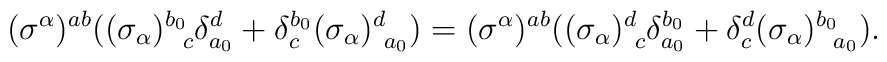
(\sigma^\alpha)^{ab} \bigr((\sigma_\alpha)^{b_0}_{~~\!c} \delta^d_{a_0} +\delta^{b_0}_c (\sigma_\alpha)^d_{~a_0} \bigr) = (\sigma^\alpha)^{ab} \bigr((\sigma_\alpha)^d_{~c} \delta^{b_0}_{a_0} +\delta^d_c (\sigma_\alpha)^{b_0}_{~~\!a_0} \bigr).